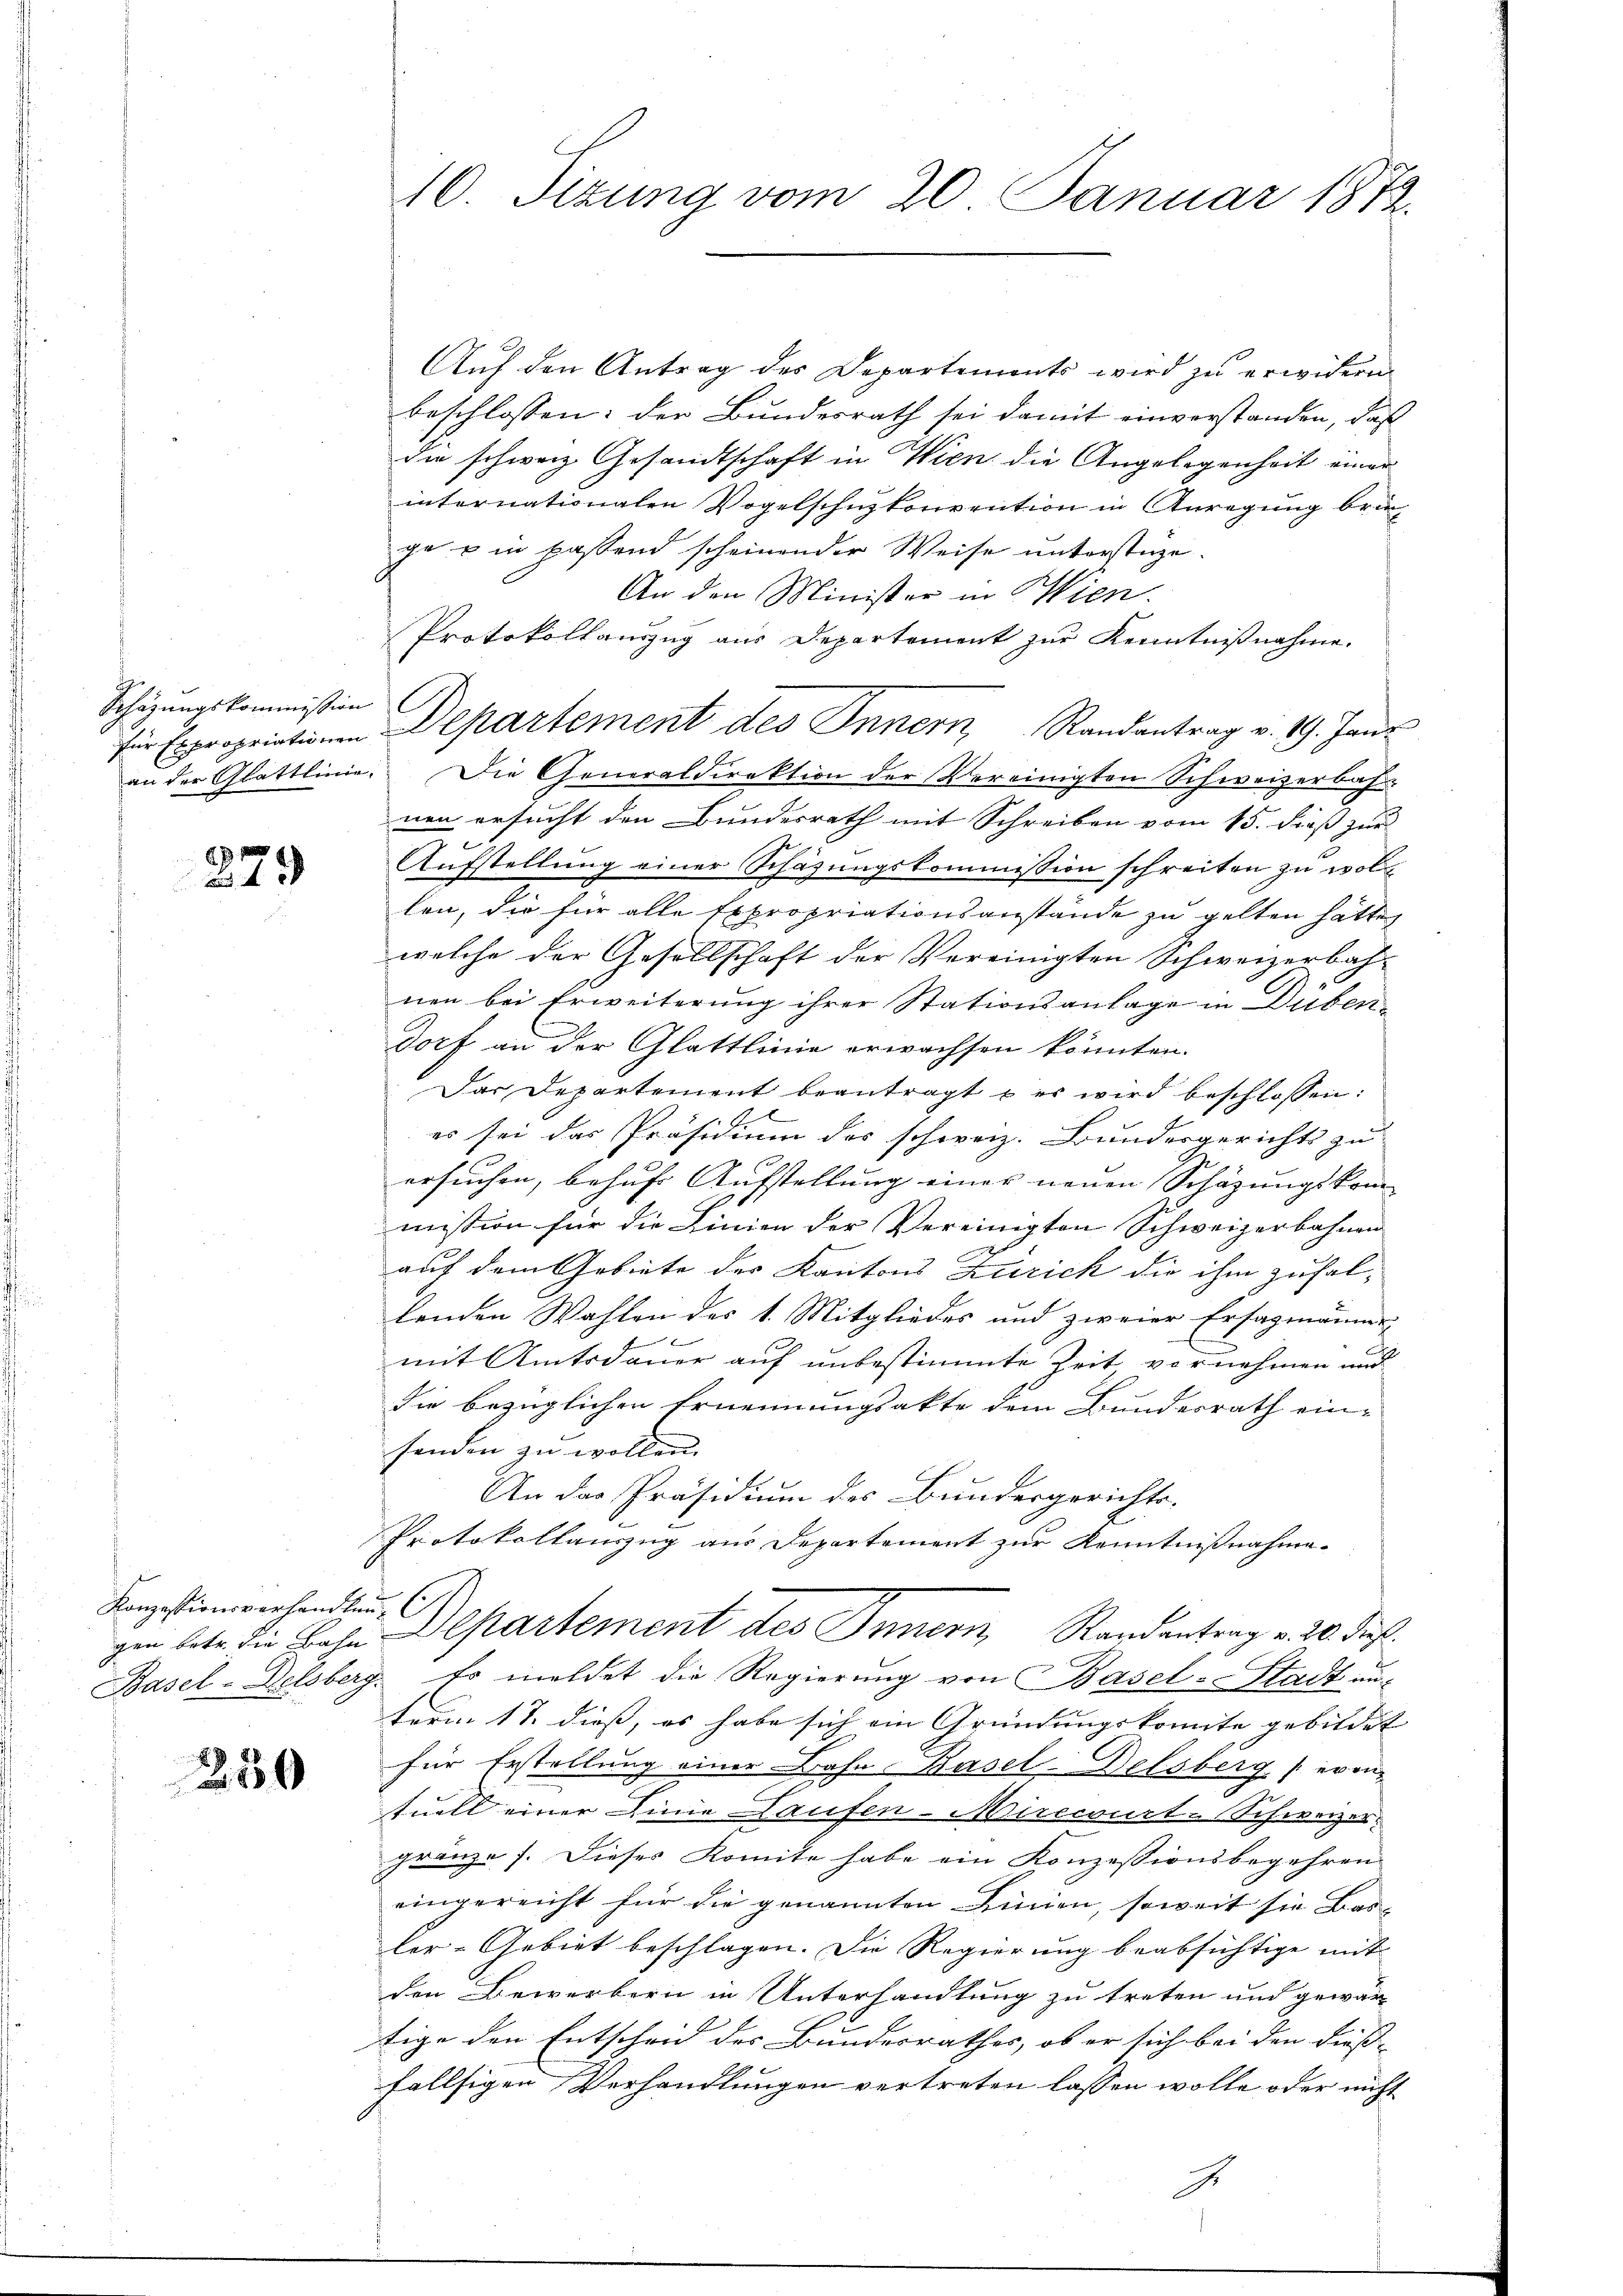
Schazungskommission

27 x
43

Konzessionsverhandlung (1

250

16. Sitzung vom 20. Januar 1872.

Auf den Antrag des Departements wird zu erwidern
beschlossen: der Bundesrath sei damit einverstanden, daß
die schweiz Gesandtschaft in Wien die Angelegenheit einer
internationalen Vogelschuzkonvention in Anregung bringe u in passend scheinender Weise unterstüze.
An den Minister in Wien.
Protokollauszug aus Departement zur Kenntnißnahme.
für Expropriationen Departement des Innern Randantrag v. 19. Jan
an der Glattlinie. Die Generaldirektion der Vereinigten Schweizerbahnen ersucht den Bundesrath mit Schreiben vom 15. dieß zur
Aŭfstellŭng einer Schäzŭngskommission schreiten zŭ wollen, die für alle Expropriationsanstände zu gelten hätte,
welche der Gesellschaft der Vereinigten Schweizerbah-
nen bei Erweiterung ihrer Stationsanlage in Düben¬
Dorf an der Glattlinie erwachsen könnten.
Das Departement beantragt u es wird beschlossen:
er sei das Präsidium des schweiz. Bundesgerichts zu
ersuchen, behuf Aufstellung einer neuen Schazungskom- |
mission für die Linien der Vereinigten Schweizerbahnen
auf dem Gebiete des Kantons Zürich die ihm zufallenden Wahlen des 1. Mitgliedes und zweier Ersagmänner
x
mit Amtsdauer auf unbestimmte Zeit, vornehmen und
die bezüglichen Ernennungsakte dem Bundesrath ein-
senden zu wollen.
An das Präsidium des Bundesgerichts-
Protokollauszug aus Departement zur Kenntnißnahme.
gen betr. die Bahn Departement des Innern Randantrag v. 20. dieß.
Basel-Delsberg. Es meldet die Regierŭng von Basel-Stadt un-
term 17. dieß, es habe sich ein Gründungskomite gebildet |
für Erstellung einer Bahn-Basel-Delsberg (erintuell einer Linie Laufen-Mirecourt-Schweizer
gränze f. Dieses Komite habe ein Konzessionsbegehren
eingereicht für die genannten Linien, soweit sie Bas- |
ler-Gebiet beschlagen. Die Regierung beabsichtige mit
den Bewerbern in Unterhandlung zu treten und gewär-
tige den Entscheid des Bundesrathes, ob er sich bei den diess- |
fallsigen Verhandlungen vertreten lassen wolle oder nicht
J.